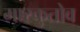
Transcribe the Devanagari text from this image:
मास्कुतोव